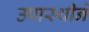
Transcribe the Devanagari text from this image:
उपास्थीने